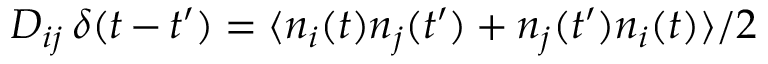
D _ { i j } \, \delta ( t \, { - } \, t ^ { \prime } ) = \langle n _ { i } ( t ) n _ { j } ( t ^ { \prime } ) + n _ { j } ( t ^ { \prime } ) n _ { i } ( t ) \rangle / 2